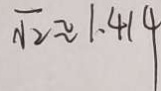
\sqrt { 2 } \approx 1 . 4 1 4